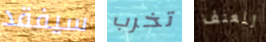
سيفقد تخرب للعنف